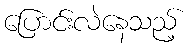
ပြောင်းလဲနေသည့်